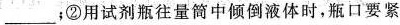
____，②用试剂瓶往量筒中倾倒液体时，瓶口要紧